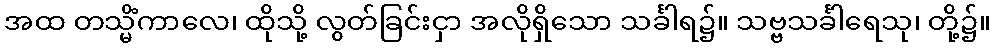
အထ တသ္မိံကာလေ၊ ထိုသို့ လွတ်ခြင်းငှာ အလိုရှိသော သင်္ခါရ၌။ သဗ္ဗသင်္ခါရေသု၊ တို့၌။